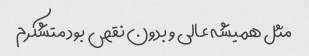
مثل همیشه عالی و بدون نقص بود متشکرم